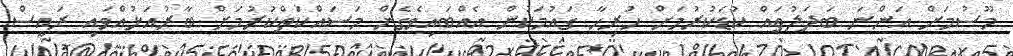
މޫސުމަށް އަންނަ ބަދަލުތައް ކުޑަކުރުމަށް ހުރިހާ ގައުމަކުން އެއްބައިވެގެން މަސައްކަތްކުރުމަށް ބާރުއަޅުއްވައި ރައީސް